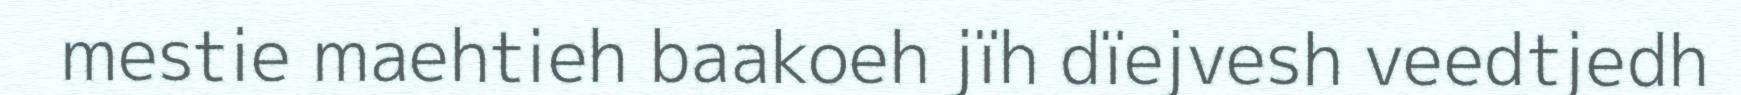
mestie maehtieh baakoeh jïh dïejvesh veedtjedh